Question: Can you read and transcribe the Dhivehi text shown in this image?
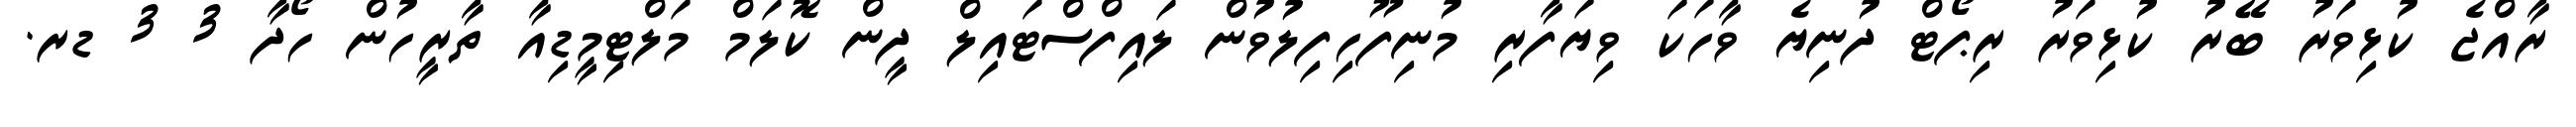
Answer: ރާއްޖެ ކުޅިވަރު ބޭރު ކުޅިވަރު ރިޕޯޓް ދުނިޔެ ވާހަކަ ވިޔަފާރި މުނިފޫހިފިލުވުން ލައިފްސްޓައިލް ދީން ކޮލަމް މަލްޓިމީޑިއާ ތާރީހުން ހޯދާ 3 3 ޑރ.